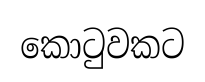
කොටුවකට